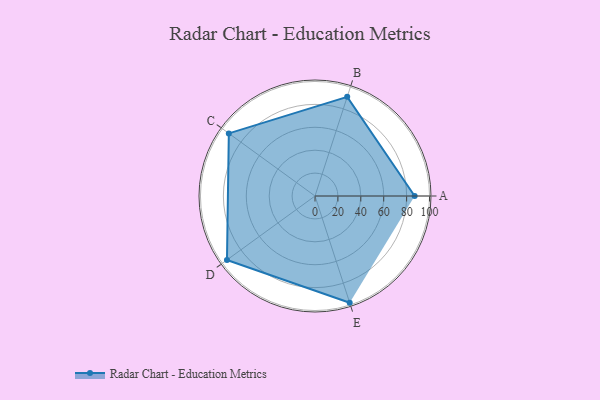
{"axis": {"x": "Skill", "y": "Score"}, "legend": ["Profile"], "data": [{"x": "A", "y": 87.0, "type": "Profile"}, {"x": "B", "y": 91.0, "type": "Profile"}, {"x": "C", "y": 93.0, "type": "Profile"}, {"x": "D", "y": 95.0, "type": "Profile"}, {"x": "E", "y": 98.0, "type": "Profile"}]}